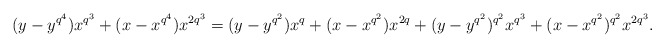
\begin{align*}(y-y^{q^4})x^{q^3}+(x-x^{q^4})x^{2q^3}=(y-y^{q^2})x^{q}+(x-x^{q^2})x^{2q}+(y-y^{q^2})^{q^2}x^{q^3}+(x-x^{q^2})^{q^2}x^{2q^3}.\end{align*}